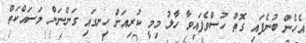
އެހެން ބުނެފައި ގޮތް ހުސްވެފައިވާ ހާލު މިމީ ކުރިއަށް ހިނގައި ގަންނަން މަސައްކަތް